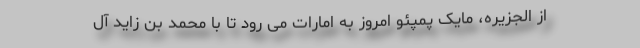
از الجزیره، مایک پمپئو امروز به امارات می رود تا با محمد بن زاید آل